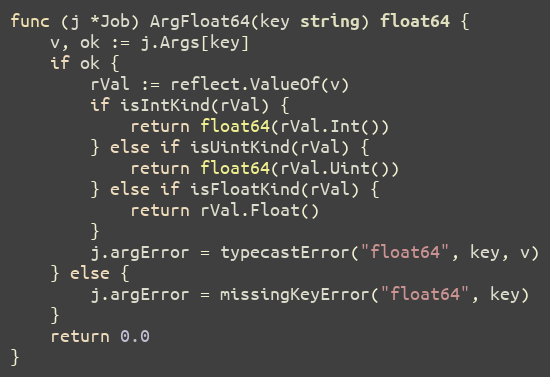
Language: Go
func (j *Job) ArgFloat64(key string) float64 {
	v, ok := j.Args[key]
	if ok {
		rVal := reflect.ValueOf(v)
		if isIntKind(rVal) {
			return float64(rVal.Int())
		} else if isUintKind(rVal) {
			return float64(rVal.Uint())
		} else if isFloatKind(rVal) {
			return rVal.Float()
		}
		j.argError = typecastError("float64", key, v)
	} else {
		j.argError = missingKeyError("float64", key)
	}
	return 0.0
}